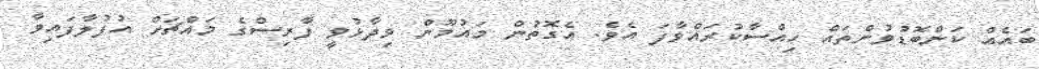
ބައެއް ކަންބޮޑުވުންތައް ހިއްސާކުރައްވާފަ އެވެ. އެގޮތުން މައުމޫން ވިދާޅުވީ ފާރިސްގެ މައްޗަށް އުފުލާފައިވާ